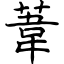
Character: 葦